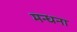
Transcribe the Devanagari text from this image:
मन्धना